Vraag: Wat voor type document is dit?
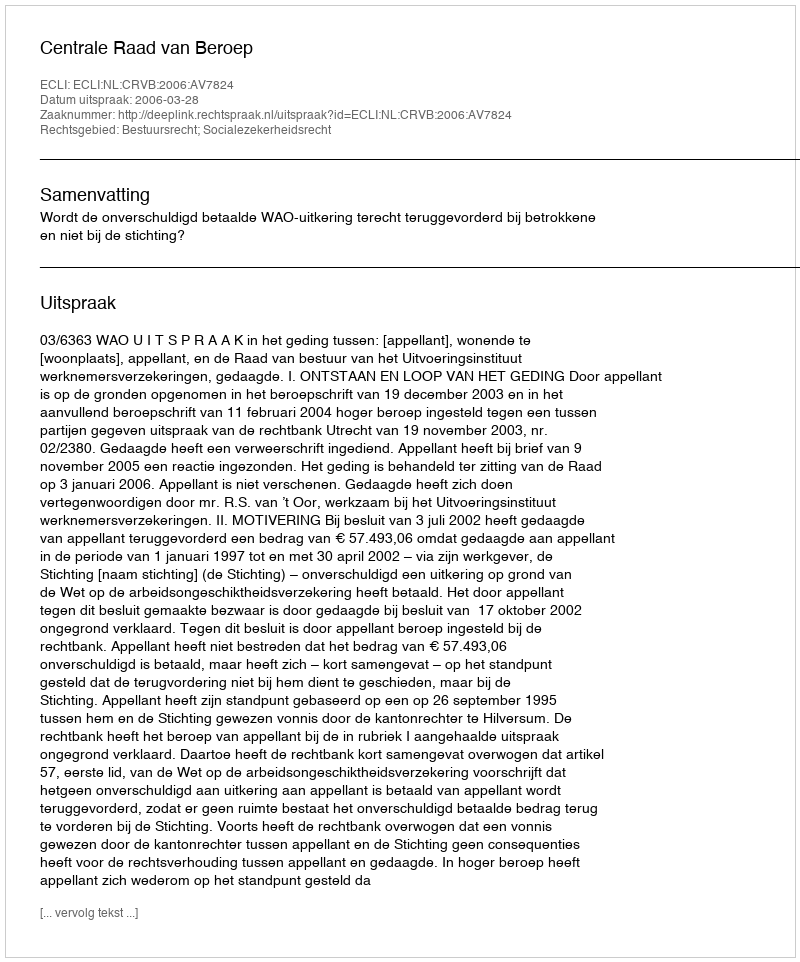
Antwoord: Uitspraak